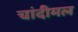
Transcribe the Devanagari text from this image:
चांदीमल